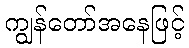
ကျွန်တော်အနေဖြင့်